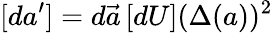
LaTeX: [d{a}^{\prime}]=d\vec{a}\, [dU](\Delta(a))^{2}